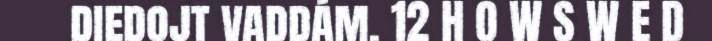
diedojt vaddám. 12 H O W S W E D